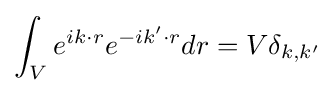
\int _{V}e^{ik\cdot r}e^{-ik'\cdot r}dr=V\delta _{k,k'}